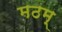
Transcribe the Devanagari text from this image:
मठम्